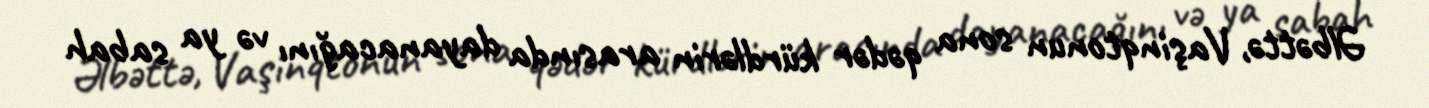
Əlbəttə, Vaşinqtonun sona qədər kürdlərin arasında dayanacağını və ya sabah